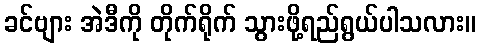
ခင်ဗျား အဲဒီကို တိုက်ရိုက် သွားဖို့ရည်ရွယ်ပါသလား။